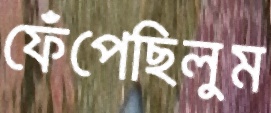
ফেঁপেছিলুম